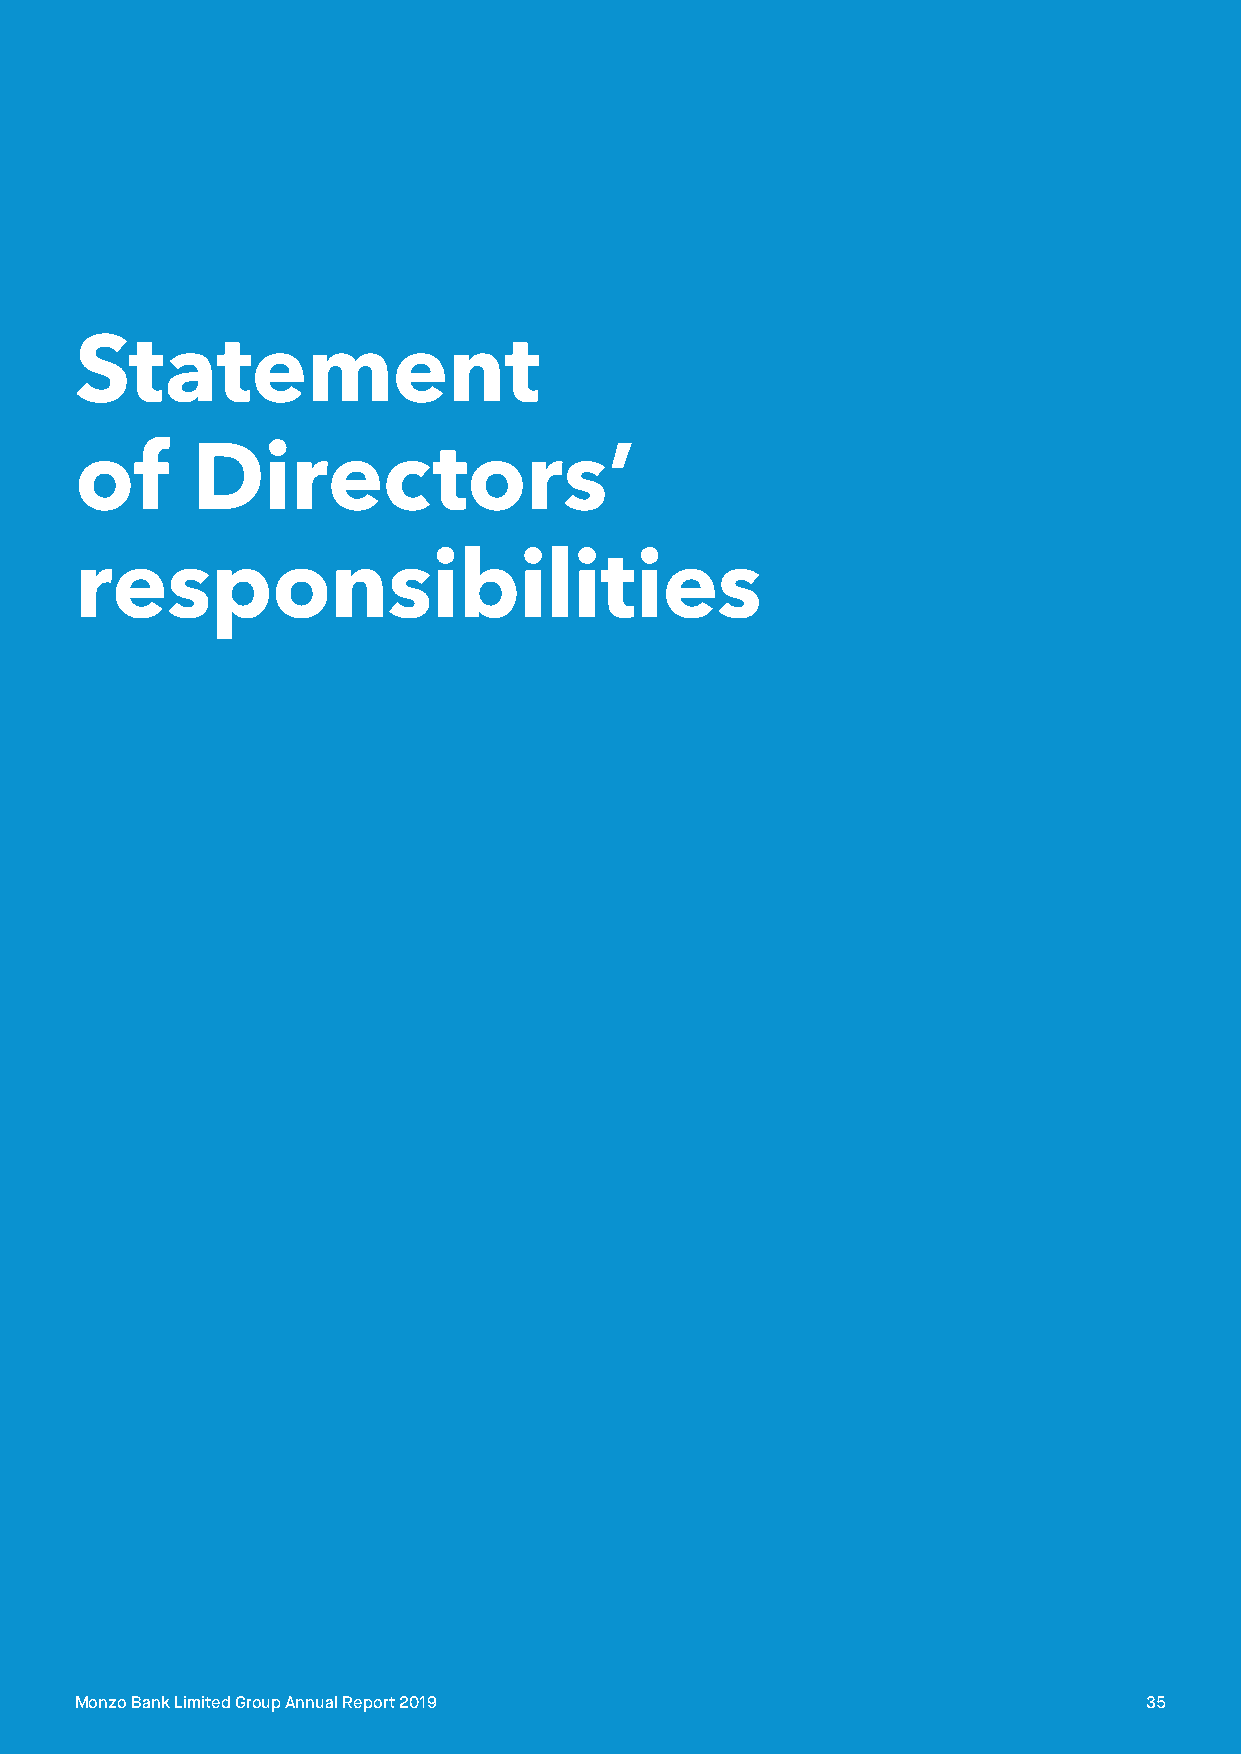
Statement
 of      Directors’
 responsibilities
 Monzo Bank Limited Group Annual Report 2019                            35